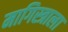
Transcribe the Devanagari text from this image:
मागिस्त्राला